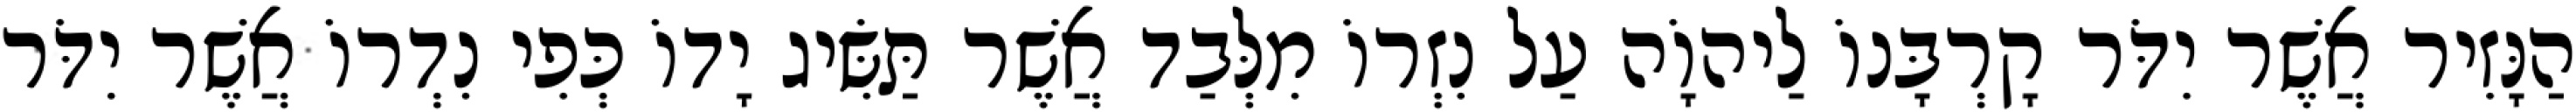
הַנָּזִיר אֲשֶׁר יִדֹּר קָרְבָּנוֹ לַיהוָֹה עַל נִזְרוֹ מִלְּבַד אֲשֶׁר תַּשִּׂיג יָדוֹ כְּפִי נִדְרוֹ אֲשֶׁר יִדֹּר